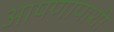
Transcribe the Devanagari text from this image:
आपणापाशी